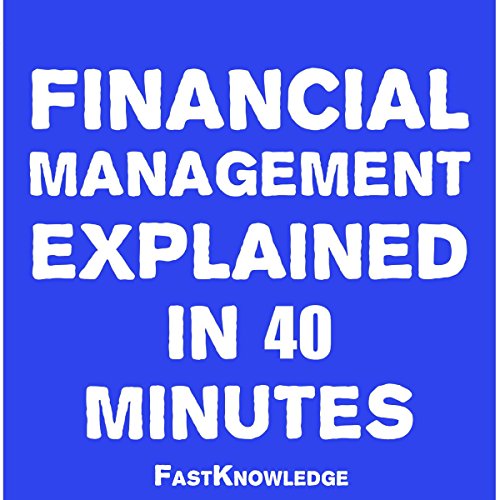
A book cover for Financial Management Explained in 40 Minutes: FastKnowledge, Book 2;  FastKnowledge; Business & Money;